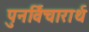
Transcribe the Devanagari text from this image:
पुनर्विचारार्थ